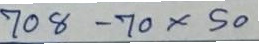
708 - 70x50